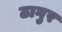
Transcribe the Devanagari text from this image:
ठागुर